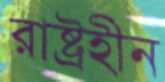
রাষ্ট্রহীন